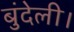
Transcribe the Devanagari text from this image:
बुंदेली।